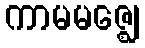
ကာမမဇ္ဈေ